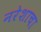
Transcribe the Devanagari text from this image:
नरेशाचा